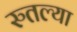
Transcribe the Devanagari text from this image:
रुतल्या